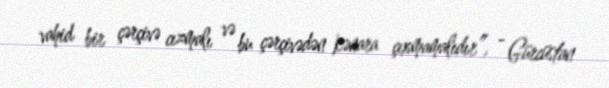
vahid bir çərçivə cızmalı və bu çərçivədən kənara çıxmamalıdır”, - Gürcüstan